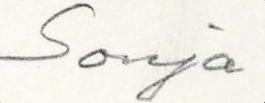
Sonja